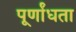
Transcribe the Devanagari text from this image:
पूर्णांधता